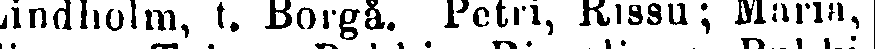
Lindholm, t. Borgå. Petri, Rissu; Maria,